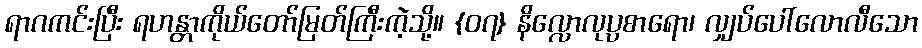
ရာဂကင်းပြီး ရဟန္တာကိုယ်တော်မြတ်ကြီးကဲ့သို့။ {၀၇} နိလ္လောလုပ္ပစာရော၊ လျှပ်ပေါ်လောလီသော